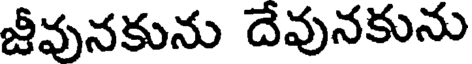
జీవునకును దేవునకును